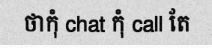
ថាកុំ chat កុំ call តែ